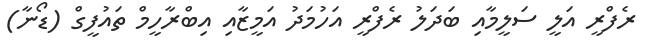
ރެފްރީ އަލީ ސަލީމާއި ބަދަލު ރެފްރީ އަހުމަދު އަމީޒާއި އިބްރާހީމް ތައުފީގް (ޑޯނާ)